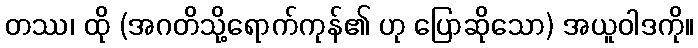
တဿ၊ ထို (အဂတိသို့ရောက်ကုန်၏ ဟု ပြောဆိုသော) အယူဝါဒကို။